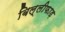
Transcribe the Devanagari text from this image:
बिल्लीफाड़